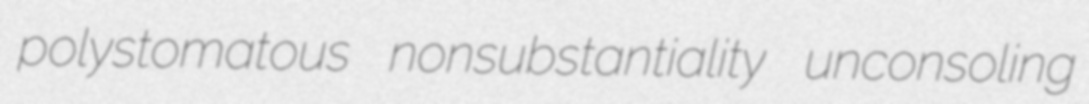
polystomatous nonsubstantiality unconsoling